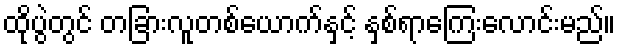
ထိုပွဲတွင် တခြားလူတစ်ယောက်နှင့် နှစ်ရာကြေးလောင်းမည်။